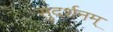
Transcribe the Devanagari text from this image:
सुदर्शनम्